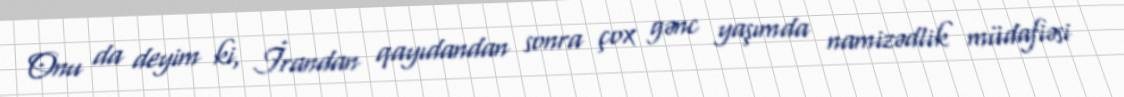
Onu da deyim ki, İrandan qayıdandan sonra çox gənc yaşımda namizədlik müdafiəsi